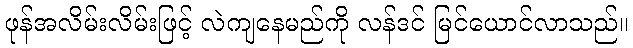
ဖုန်အလိမ်းလိမ်းဖြင့် လဲကျနေမည်ကို လန်ဒင် မြင်ယောင်လာသည်။